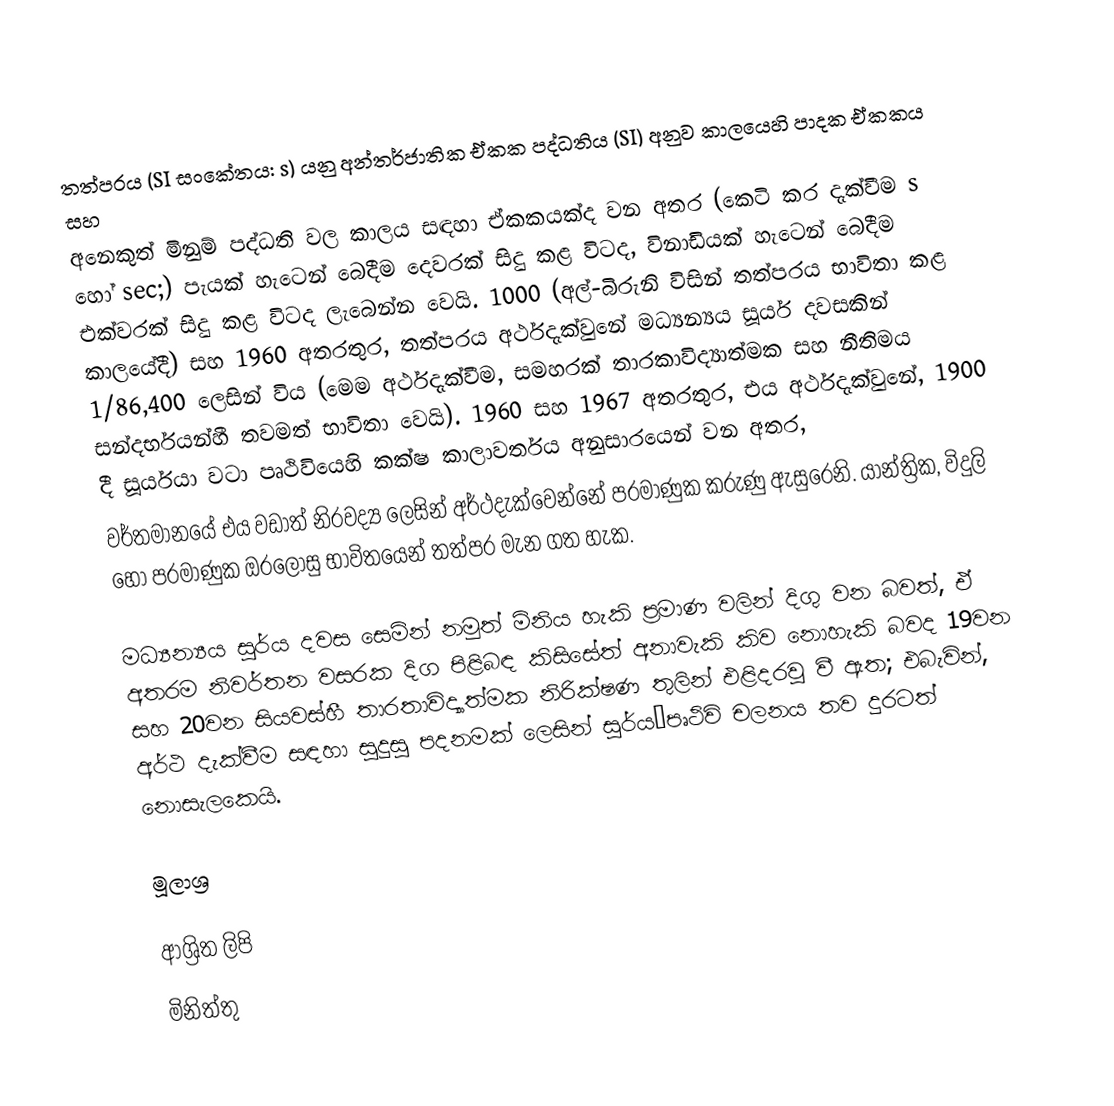
තත්පරය (SI සංකේතය: s) යනු අන්තර්ජාතික ඒකක පද්ධතිය (SI) අනුව කාලයෙහි පාදක ඒකකය සහ
අනෙකුත් මිනුම් පද්ධති වල කාලය සඳහා ඒකකයක්ද වන අතර (කෙටි කර දැක්වීම s හෝ sec;) පැයක් හැටෙන් බෙදීම දෙවරක් සිදු කළ විටද, විනාඩියක් හැටෙන් බෙදීම එක්වරක් සිදු කළ විටද ලැබෙන්න වෙයි.  1000 (අල්-බිරුනි විසින් තත්පරය භාවිතා කළ කාලයේදී) සහ 1960 අතරතුර, තත්පරය අර්ථදැක්වුනේ මධ්‍යන්‍යය සූර්ය දවසකින් 1/86,400 ලෙසින් විය (මෙම අර්ථදැක්වීම, සමහරක් තාරකාවිද්‍යාත්මක සහ නීතිමය සන්දර්භයන්හී තවමත් භාවිතා වෙයි).  1960 සහ  1967 අතරතුර, එය අර්ථදැක්වුනේ, 1900 දී සූර්යයා වටා පෘථිවියෙහි කක්ෂ කාලාවර්තය අනුසාරයෙන් වන අතර,
වර්තමානයේ එය වඩාත් නිරවද්‍ය ලෙසින් අර්ථදැක්වෙන්නේ පරමාණුක කරුණු ඇසුරෙනි.  යාන්ත්‍රික, විදුලි හෝ පරමාණුක ඔරලෝසු භාවිතයෙන් තත්පර මැන ගත හැක.

මධ්‍යන්‍යය සූර්ය දවස සෙමින් නමුත් මිනිය හැකි ප්‍රමාණ වලින් දිගු වන බවත්, ඒ අතරම නිවර්තන වසරක දිග පිළිබඳ කිසිසේත් අනාවැකි කිව නොහැකි බවද  19වන සහ 20වන සියවස්හී තාරතාවිද්‍යාත්මක නිරික්ෂණ තුලින් එළිදරවු වී ඇත; එබැවින්, අර්ථ දැක්වීම සඳහා සුදුසු පදනමක් ලෙසින්  සූර්ය–පෘථිවි  චලනය තව දුරටත් නොසැලකෙයි.

මූලාශ්‍ර

ආශ්‍රිත ලිපි
 මිනිත්තු